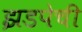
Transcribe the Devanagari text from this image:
झडपेची